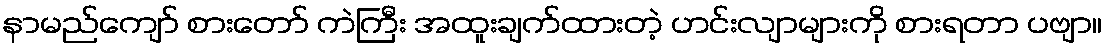
နာမည်ကျော် စားတော် ကဲကြီး အထူးချက်ထားတဲ့ ဟင်းလျာများကို စားရတာ ပဗျာ။